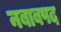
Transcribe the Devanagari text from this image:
नबाबपद